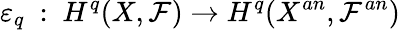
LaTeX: \varepsilon_{q}\ :\ H^{q}(X,{\mathcal{F}})\rightarrow H^{q}(X^{an},{\mathcal{F}}^{an})